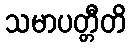
သမာပတ္တီတိ